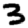
Digit: 3